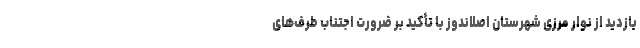
بازدید از نوار مرزی شهرستان اصلاندوز با تأکید بر ضرورت اجتناب طرف‌های